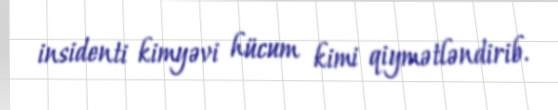
insidenti kimyəvi hücum kimi qiymətləndirib.